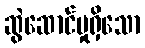
ဆွဲဆောင်မှုရှိသော